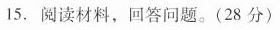
15.阅读材料，回答问题。(28分)